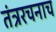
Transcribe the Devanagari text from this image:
तंत्ररचनाच